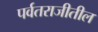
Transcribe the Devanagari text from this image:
पर्वतराजीतील